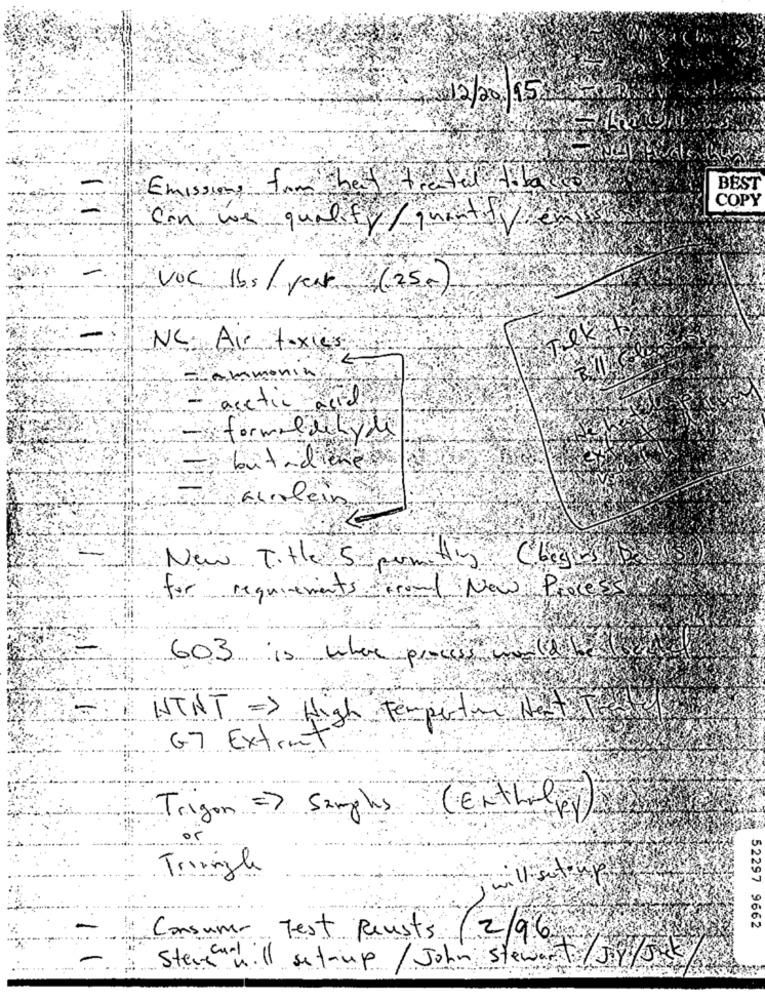
12/2015
Emissions from ben tre fer tila
BEST
COPY
Can we quality / quantity
VOC lbs / year (75- )
Tek K
NC. Air toxics
- Lammenin
acetic acid
formaldehyde
butadiene
aileis
New Title 5 pon ting Cheges
for requirements crowd New Process
603 is where process w ld
UTNT = > High Tempertil Next To
G7 Extrat
(Enthil)
Trigon => Samples
Tringle
will setiny
52297 9662
Consum Test Resists
12/96
Steve will set-up/ John stewart / J.Y/Jak